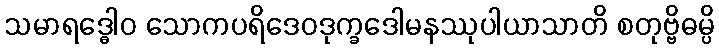
သမာရဒ္ဓေါဝ သောကပရိဒေဝဒုက္ခဒေါမနဿုပါယာသာတိ စတုဗ္ဗိဓမ္ပိ